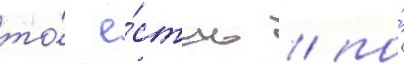
то́ е́сть / по́